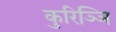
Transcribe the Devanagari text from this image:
कुरिञ्ञि